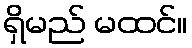
ရှိမည် မထင်။